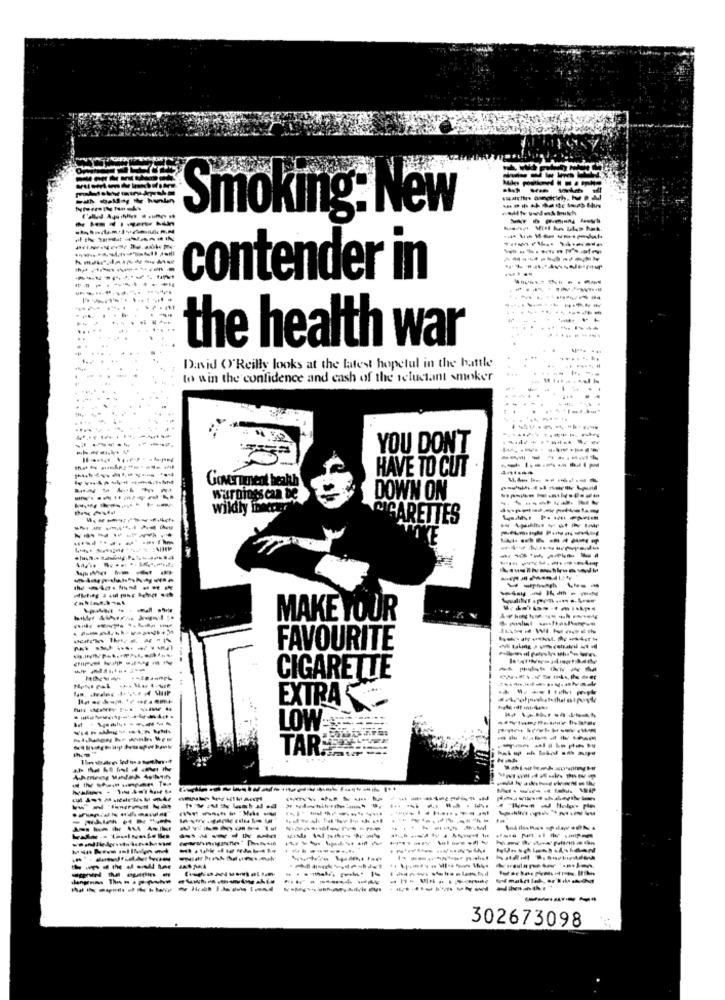
Smoking: New
------
--------
contender in
the health war
David O'Reilly looks at the latest hopeful in the battle
........
to win the confidence and cash of the reluctant smoker
...
---
YOU DONT
--------
HAVE TO CUT
Government brakth
---------
-------
warnings can be
DOWN ON
wildly in
CIGARETTES
-------
--- -----
-------
--------
-------
----- ---
--------
----
------
--------
MAKE YOUR
--------
------
FAVOURITE
-----
CIGARETTE
EXTRA
LOW ==
-- -----
them "
TAR
-----
-------
--------
...-......
----- -
----------
302673098